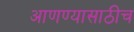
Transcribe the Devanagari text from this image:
आणण्यासाठीच